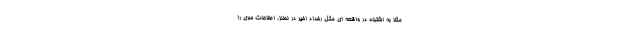
مثلا به اشتباه در واقعه ای مثل رخداد اخیر در نطنز، اطلاعات سرّی را